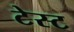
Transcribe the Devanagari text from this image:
टेस्‍ट